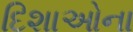
દિશાઓના